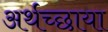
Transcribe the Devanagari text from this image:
अर्थच्छाया